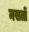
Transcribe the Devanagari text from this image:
नसतों